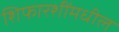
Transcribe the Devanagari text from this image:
शिफारशींमधील